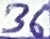
Text: 36